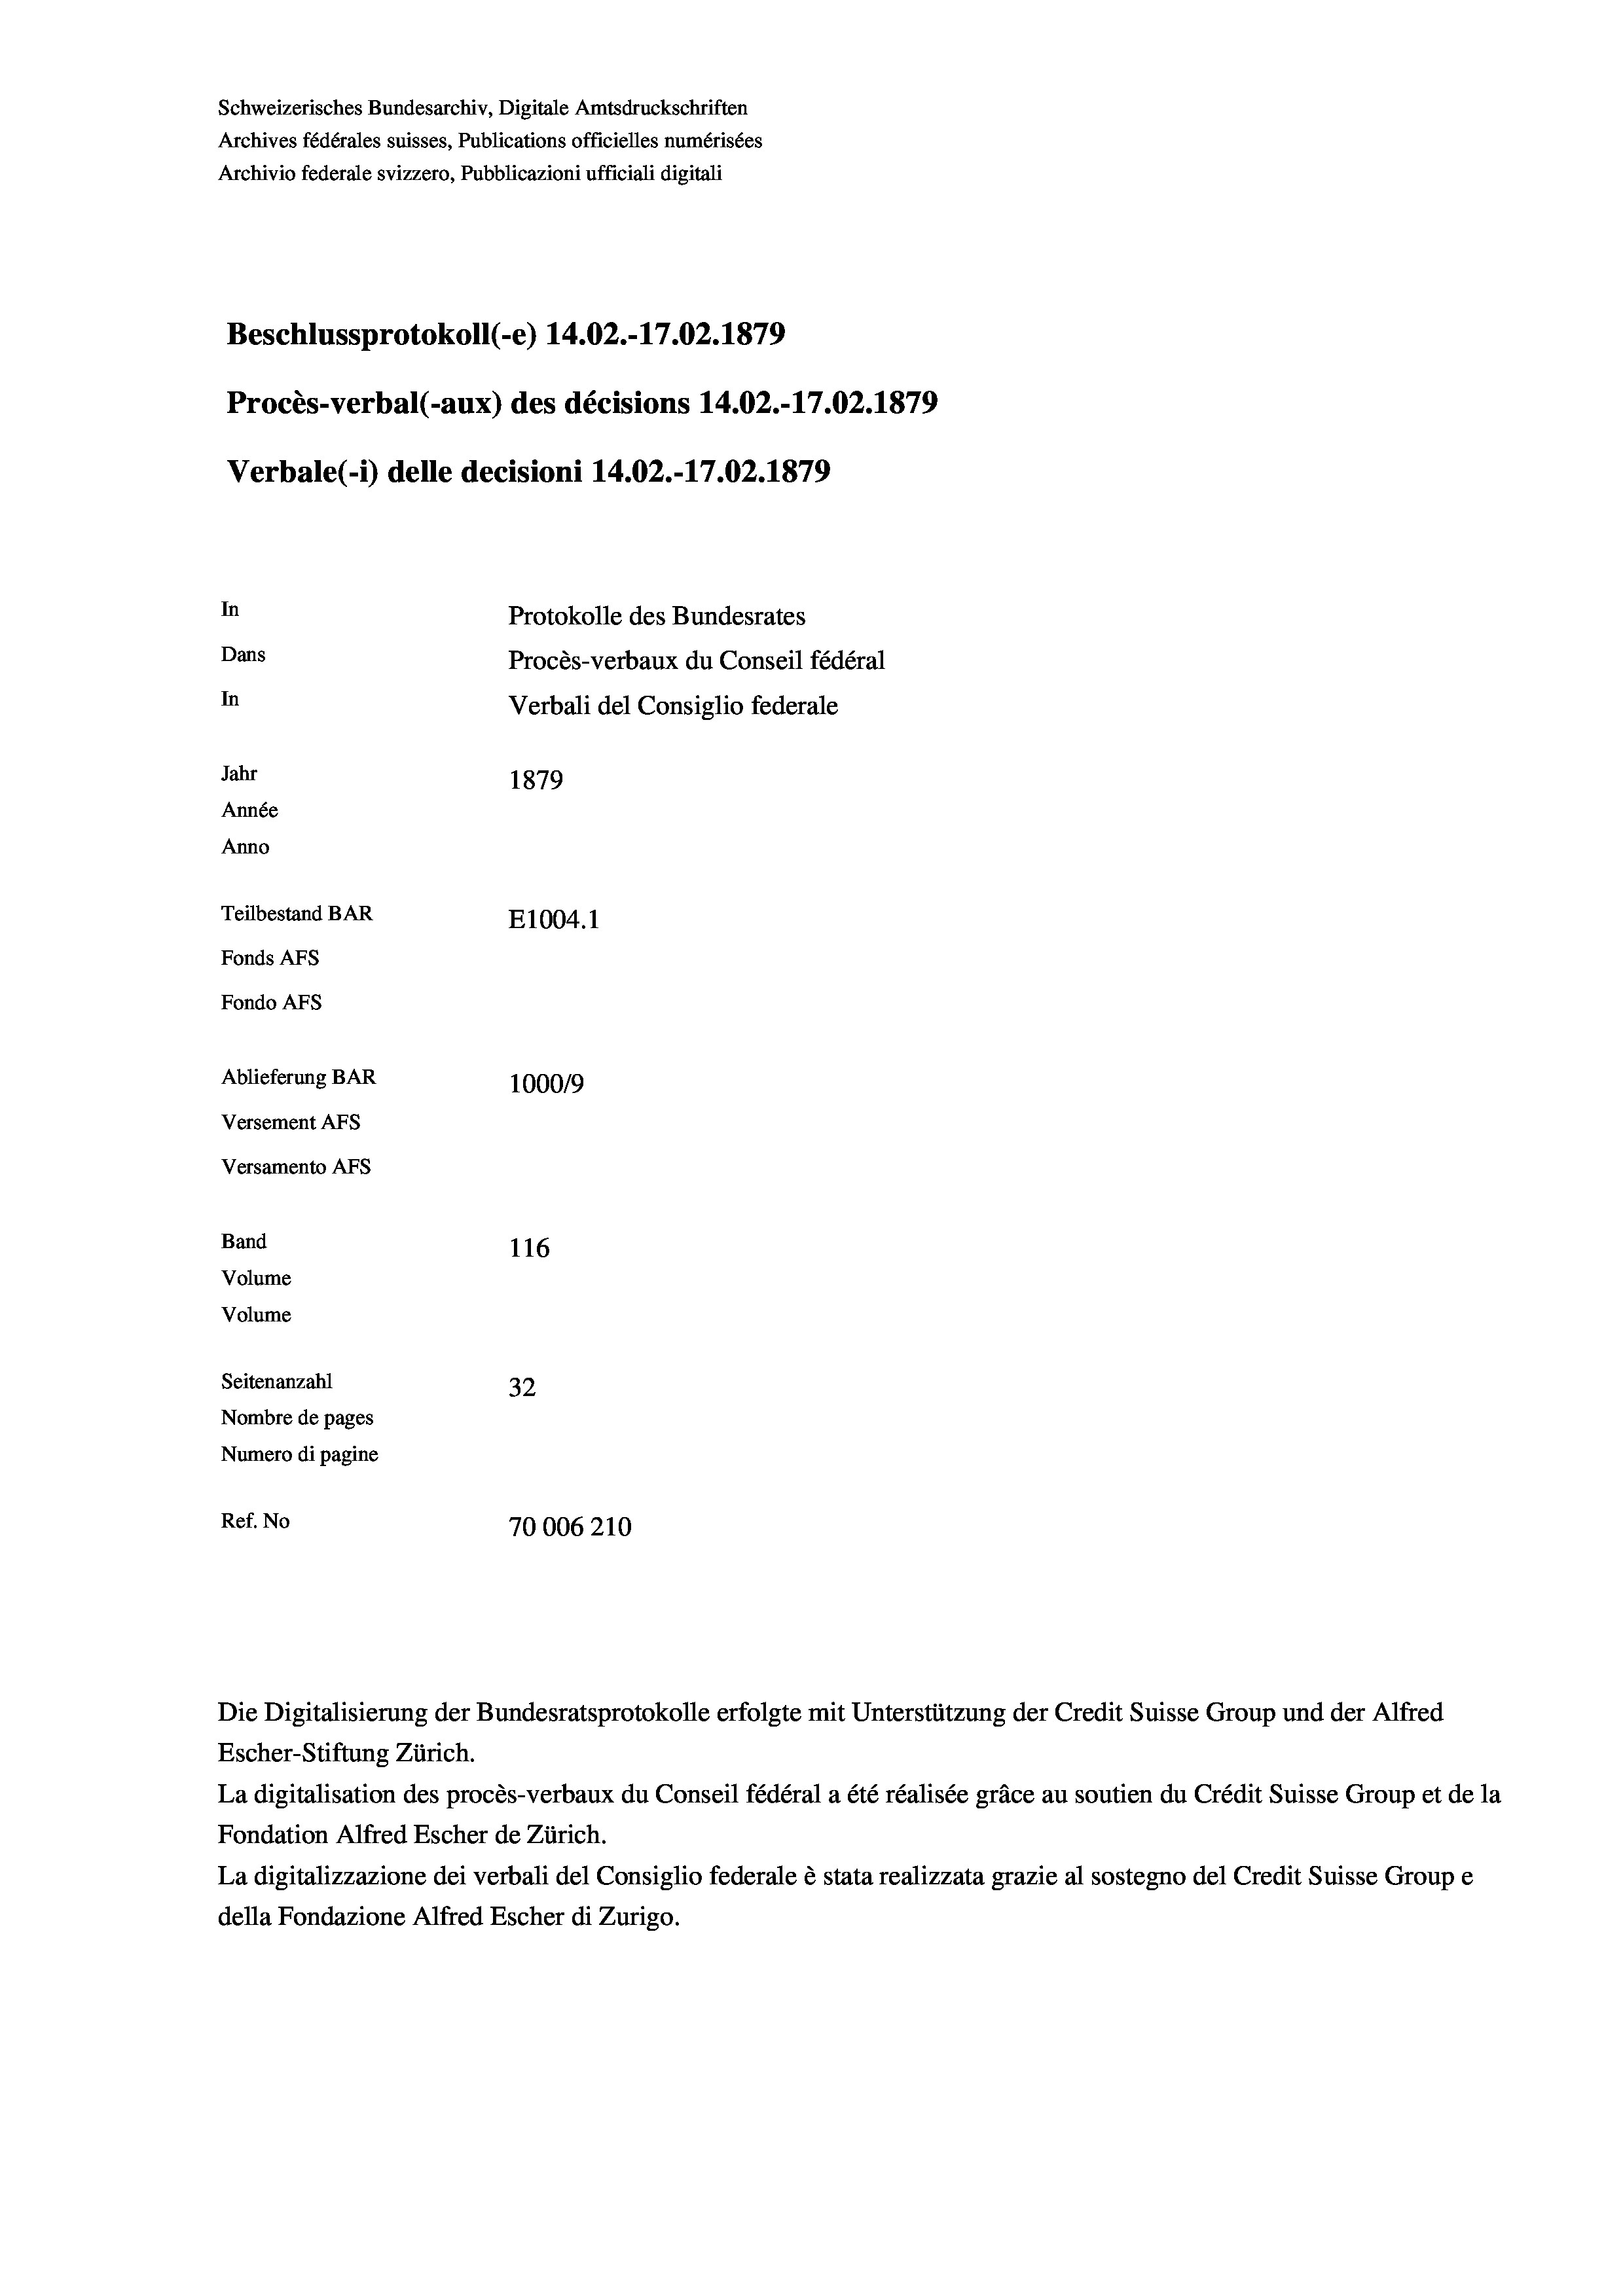
Schweizerisches Bundesarchiv, Digitale Amtsdruckschriften
Archives fédérales suisses, Publications officielles numérisées
Archivio federale svizzero, Pubblicazioni ufficiali digitali
Beschlussprotokoll (-e) 14.02.-17.02. 1879
Procès-verbal (-aux) des décisions 14.02.-17.02. 1879
Verbale (1) delle decisioni 14.02.-17.02. 1879
In
Protokolle des Bundesrates
Dans
Procès-verbaux du Conseil fédéral
In
Verbali del Consiglio federale
Jahr
1879
Année
Anno
Teilbestand BAR
E1004. 1
Fonds AFs
Fondo AFS
Ablieferung BAR
100019
Versement AFs
Versamento AFS
Band
116
Volume
Volume
Seitenanzahl
32
Nombre de pages
Numero di pagine
Ref. No
70006210

Die Digitalisierung der Bundesratsprotokolle erfolgte mit Unterstützung der Credit Suisse Group und der Alfred
Escher-Stiftung Zürich.
La digitalisation des procès-verbaux du Conseil fédéral a été réalisée gräce au soutien du Crédit Suisse Group et de la
Fondation Alfred Escher de Zürich.
La digitalizzazione dei verbali del Consiglio federale è stata realizzata grazie al sostegno del Credit Suisse Groupe
della Fondazione Alfred Escher di Zurigo.